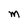
Character: M